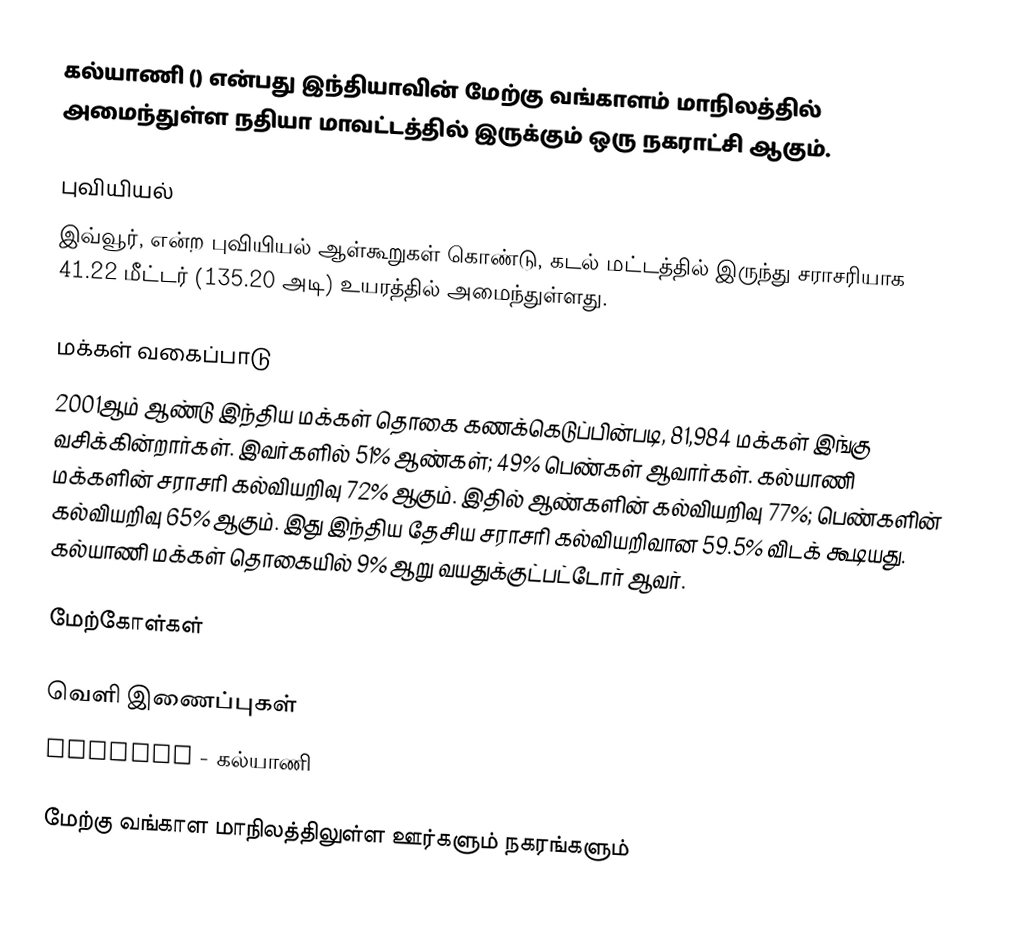
கல்யாணி () என்பது இந்தியாவின் மேற்கு வங்காளம் மாநிலத்தில் அமைந்துள்ள நதியா மாவட்டத்தில் இருக்கும் ஒரு நகராட்சி ஆகும்.

புவியியல்
இவ்வூர்,  என்ற புவியியல் ஆள்கூறுகள் கொண்டு, கடல் மட்டத்தில் இருந்து சராசரியாக 41.22 மீட்டர் (135.20 அடி) உயரத்தில் அமைந்துள்ளது.

மக்கள் வகைப்பாடு
2001ஆம் ஆண்டு இந்திய மக்கள் தொகை கணக்கெடுப்பின்படி, 81,984 மக்கள் இங்கு வசிக்கின்றார்கள். இவர்களில் 51% ஆண்கள்; 49% பெண்கள் ஆவார்கள். கல்யாணி மக்களின் சராசரி கல்வியறிவு 72% ஆகும். இதில் ஆண்களின் கல்வியறிவு 77%; பெண்களின் கல்வியறிவு 65% ஆகும். இது இந்திய தேசிய சராசரி கல்வியறிவான 59.5% விடக் கூடியது. கல்யாணி மக்கள் தொகையில் 9%  ஆறு வயதுக்குட்பட்டோர் ஆவர்.

மேற்கோள்கள்

வெளி இணைப்புகள்
 GeoHack - கல்யாணி

மேற்கு வங்காள மாநிலத்திலுள்ள ஊர்களும் நகரங்களும்